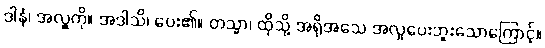
ဒါနံ၊ အလှူကို။ အဒါသိ၊ ပေး၏။ တသ္မာ၊ ထိုသို့ အရိုအသေ အလှုပေးဘူးသောကြောင့်။